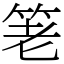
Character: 䇭